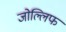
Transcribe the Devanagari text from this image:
जोल्लिफ